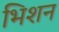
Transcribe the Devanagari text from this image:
भिशन